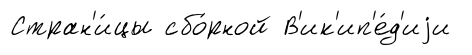
Стран'и́цы сбо́рной В'ик'ип'е́д'иjи